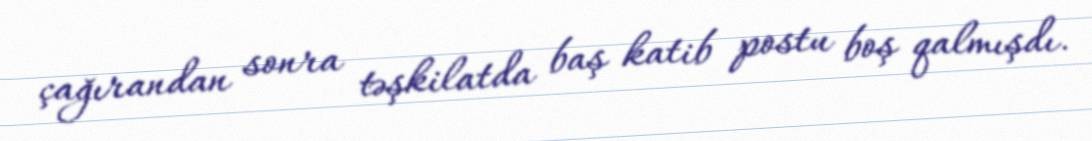
çağırandan sonra təşkilatda baş katib postu boş qalmışdı.